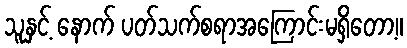
သူနှင့် နောက် ပတ်သက်စရာအကြောင်းမရှိတော့။